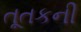
તૂતકની